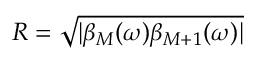
R = \sqrt { | \beta _ { M } ( \omega ) \beta _ { M + 1 } ( \omega ) | }